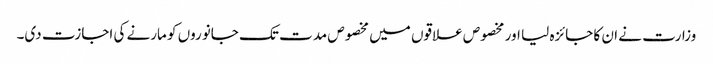
وزارت نے ان کا جائزہ لیا اور مخصوص علاقوں میں مخصوص مدت تک جانوروں کو مارنے کی اجازت دی۔